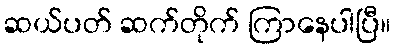
ဆယ်ပတ် ဆက်တိုက် ကြာနေပါပြီ။